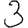
Digit: 3